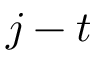
j - t